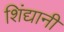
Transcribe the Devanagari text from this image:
शिंद्यानी